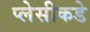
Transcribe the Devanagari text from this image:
प्लेसीकडे